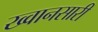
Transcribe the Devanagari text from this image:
ख्वानसारी